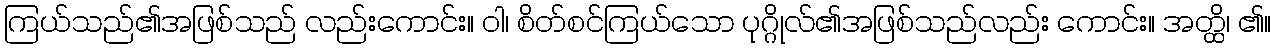
ကြယ်သည်၏အဖြစ်သည် လည်းကောင်း။ ဝါ၊ စိတ်စင်ကြယ်သော ပုဂ္ဂိုလ်၏အဖြစ်သည်လည်း ကောင်း။ အတ္ထိ၊ ၏။